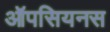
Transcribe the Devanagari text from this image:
ऑपसियनस